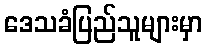
ဒေသခံပြည်သူများမှာ